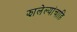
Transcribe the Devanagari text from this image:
झालेल्यांचाहि